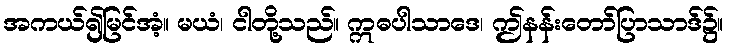
အကယ်၍မြင်အံ့။ မယံ၊ ငါတို့သည်။ ဣဓပါသာဒေ၊ ဤနန်းတော်ပြာသာဒ်၌။